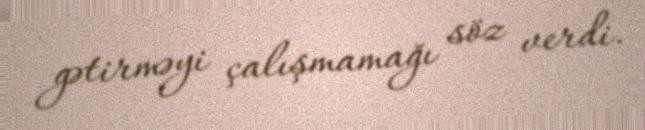
gətirməyi çalışmamağı söz verdi.